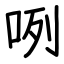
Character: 咧